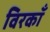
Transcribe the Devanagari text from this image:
विरकाँ